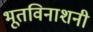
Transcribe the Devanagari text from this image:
भूतविनाशनी